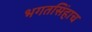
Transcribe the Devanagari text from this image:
भगतसिंहाच